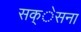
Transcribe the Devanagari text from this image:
सक्ेसना